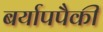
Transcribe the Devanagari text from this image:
बर्यापपैकी